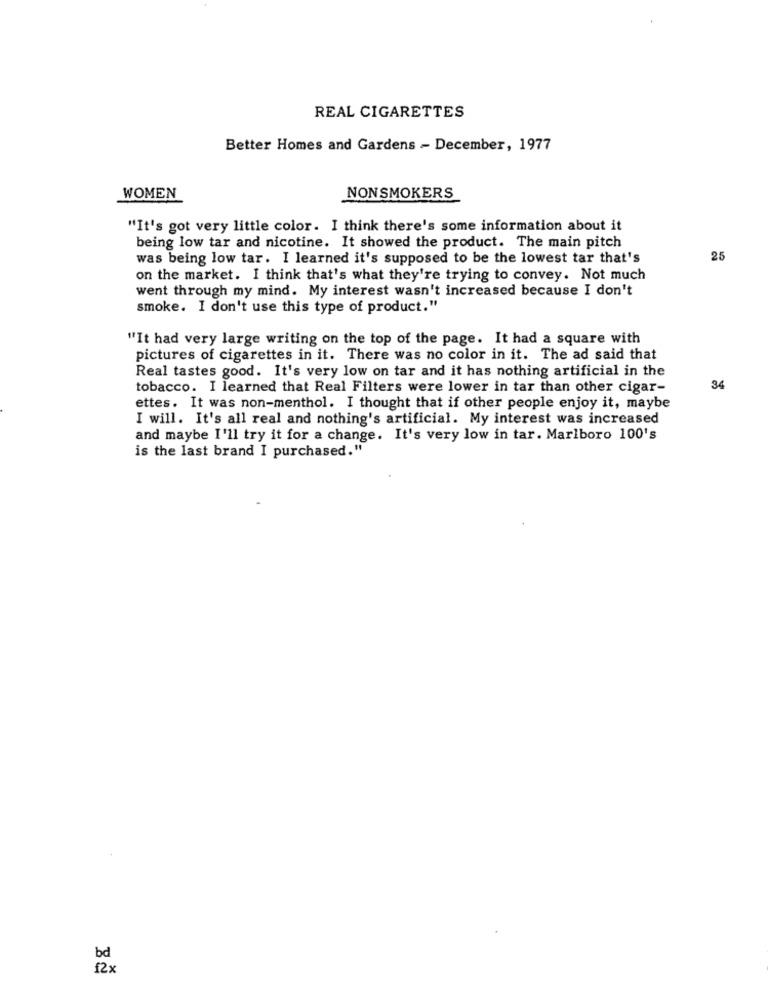
REAL CIGARETTES
Better Homes and Gardens - December, 1977
WOMEN
NONSMOKERS
"It's got very little color. I think there's some information about it
being low tar and nicotine. It showed the product. The main pitch
was being low tar. I learned it's supposed to be the lowest tar that's
25
on the market. I think that's what they're trying to convey. Not much
went through my mind. My interest wasn't increased because I don't
smoke. I don't use this type of product."
"It had very large writing on the top of the page. It had a square with
pictures of cigarettes in it. There was no color in it. The ad said that
Real tastes good. It's very low on tar and it has nothing artificial in the
tobacco. I learned that Real Filters were lower in tar than other cigar-
34
ettes. It was non-menthol. I thought that if other people enjoy it, maybe
I will. It's all real and nothing's artificial. My interest was increased
and maybe I'll try it for a change. It's very low in tar. Marlboro 100's
is the last brand I purchased."
bd
12x